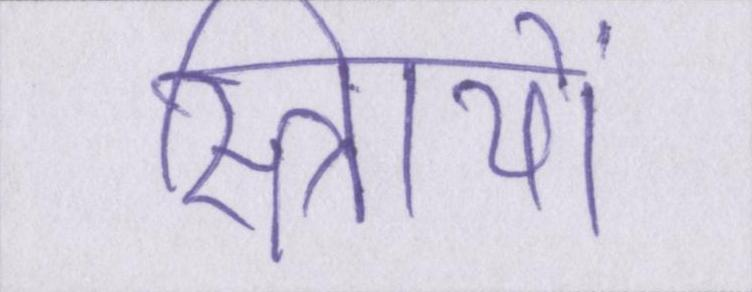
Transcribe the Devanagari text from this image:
स्त्रिायों